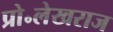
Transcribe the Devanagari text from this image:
प्रो॰लेखराज